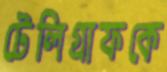
টেলিগ্রাফকে